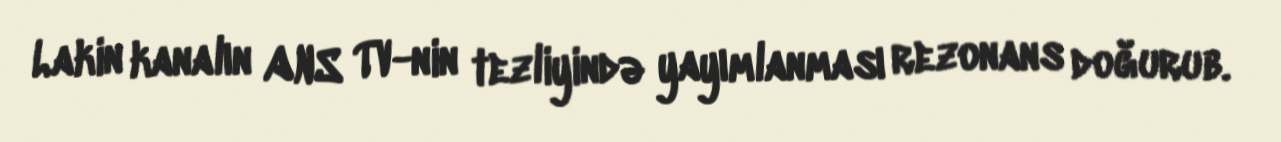
Lakin kanalın ANS TV-nin tezliyində yayımlanması rezonans doğurub.